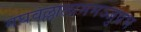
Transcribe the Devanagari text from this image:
मघवल्लालाममञ्जुप्रभ